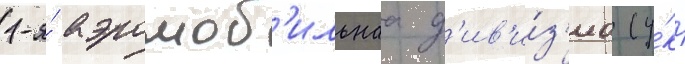
1-я́ аэромоб'ильнаа д'ив'и́з'иа (у́кр